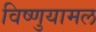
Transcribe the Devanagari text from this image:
विष्णुयामल